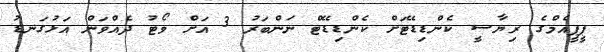
ޕީޕީއެމްގެ ރިޔާސީ ކެންޑިޑޭޓަށް ކެންޑިޑޭޓް ނަންބަރު 3 އަށް ވޯޓު ދެއްވަން އަޅުގަނޑު